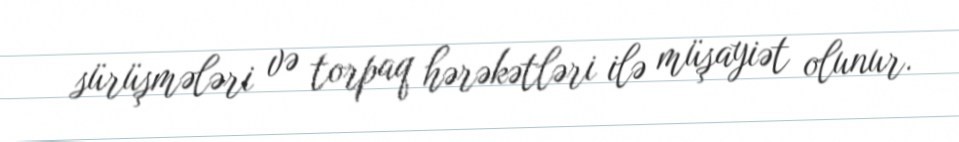
sürüşmələri və torpaq hərəkətləri ilə müşayiət olunur.